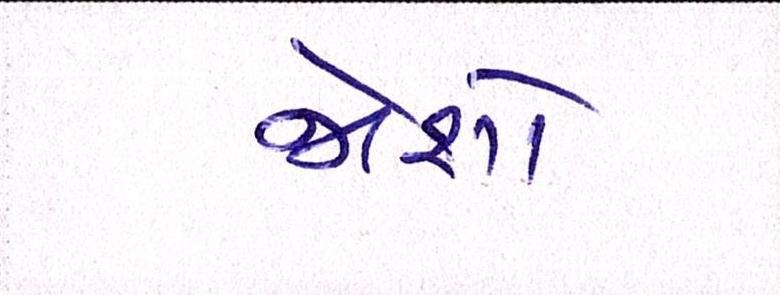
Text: જોશો